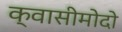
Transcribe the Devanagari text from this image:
क्वासीमोदो